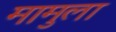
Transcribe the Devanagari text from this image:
मामुला